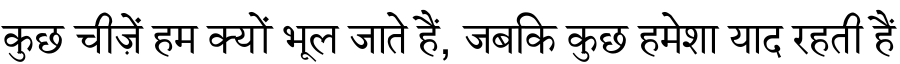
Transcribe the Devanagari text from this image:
कुछ चीज़ें हम क्यों भूल जाते हैं, जबकि कुछ हमेशा याद रहती हैं